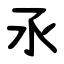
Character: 氶